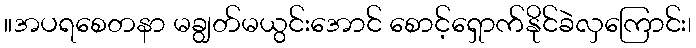
။အပရစေတနာ မချွတ်မယွင်းအောင် စောင့်ရှောက်နိုင်ခဲလှကြောင်း၊